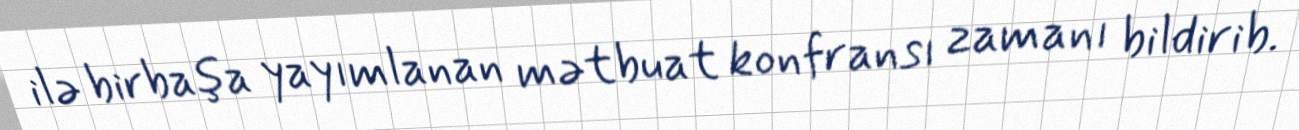
ilə birbaşa yayımlanan mətbuat konfransı zamanı bildirib.